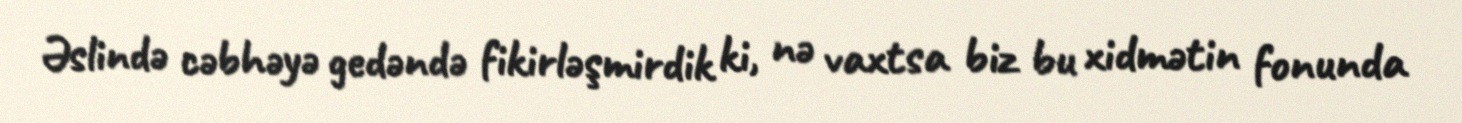
Əslində cəbhəyə gedəndə fikirləşmirdik ki, nə vaxtsa biz bu xidmətin fonunda